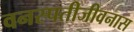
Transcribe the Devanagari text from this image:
वनस्पतीजीवनास